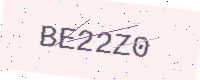
Text: BE22Z0